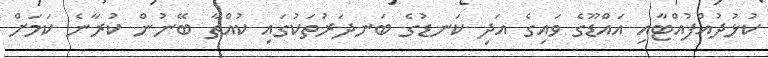
ކުޅުދުއްފުއްޓާއި އައްޑޫގެ ވައިގެ އަދި ކަނޑުގެ ބަނދަރުތަކުގައި ކުއްތާ ބޭނުން ކުރާނެ ކަމަށް